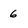
Character: 6